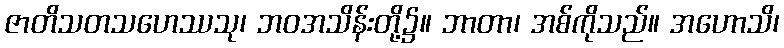
ဇာတိသတသဟေဿသု၊ ဘဝအသိန်းတို့၌။ ဘာတာ၊ အစ်ကိုသည်။ အဟောသိ၊